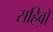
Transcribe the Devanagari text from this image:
सहिबो